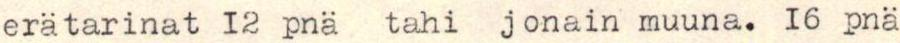
erätarinat 12 pnä tahi jonain muuna. 16 pnä